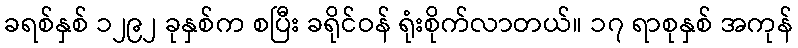
ခရစ်နှစ် ၁၂၉၂ ခုနှစ်က စပြီး ခရိုင်ဝန် ရုံးစိုက်လာတယ်။ ၁၇ ရာစုနှစ် အကုန်